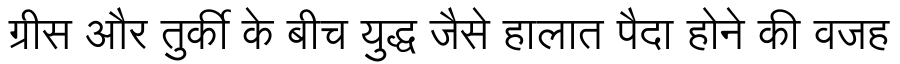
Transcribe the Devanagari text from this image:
ग्रीस और तुर्की के बीच युद्ध जैसे हालात पैदा होने की वजह